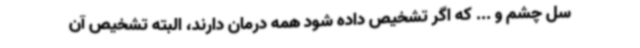
سل چشم و ... که اگر تشخیص داده شود همه درمان دارند، البته تشخیص آن